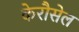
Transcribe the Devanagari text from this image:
केरौसेल